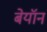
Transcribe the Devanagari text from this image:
बेयॉन